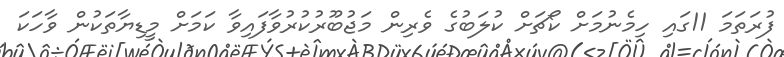
ފުރަތަމަ 11ގައި ހިމެނުމަށް ކޯޗަށް ކުލަބުގެ ވެރިން މަޖުބޫރުކުރުވާފައިވާ ކަމަށް މީޑިޔާތަކުން ވާހަކަ